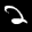
Label: 2